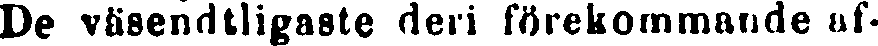
De väsendtligaste deri förekommande af-